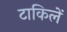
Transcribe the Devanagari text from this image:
टाकिलें